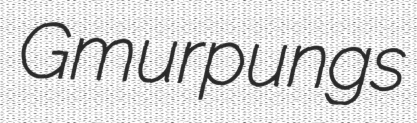
Gmur pungs